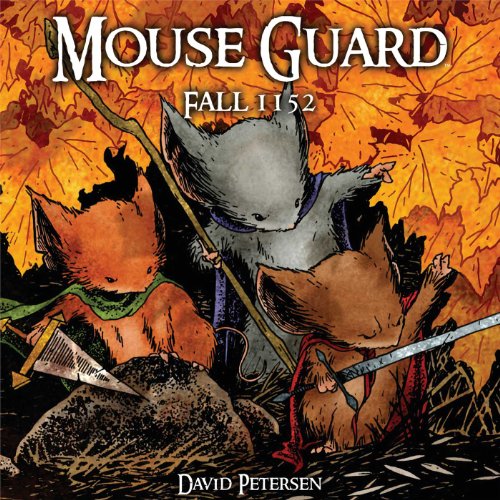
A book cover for Mouse Guard : Fall 1152; David Petersen; Comics & Graphic Novels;